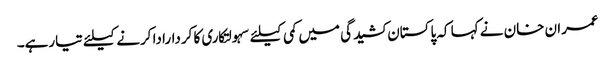
عمران خان نے کہا کہ پاکستان کشیدگی میں کمی کیلئے سہولتکاری کا کردارادا کرنے کیلئے تیارہے۔